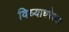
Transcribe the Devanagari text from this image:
विध्याधरेश्वर